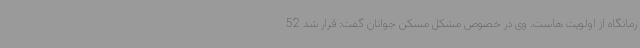
رمانگاه از اولویت هاست. وی در خصوص مشکل مسکن جوانان گفت: قرار شد 52